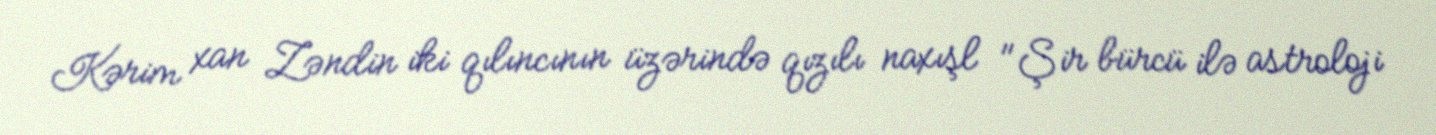
Kərim xan Zəndin iki qılıncının üzərində qızılı naxışl "Şir bürcü ilə astroloji